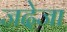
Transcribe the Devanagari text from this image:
जदेजा